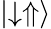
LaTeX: \lvert\downarrow\Uparrow\rangle